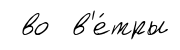
во в'е́тры